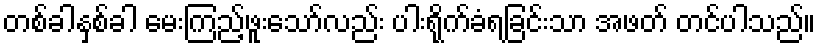
တစ်ခါနှစ်ခါ မေးကြည့်ဖူးသော်လည်း ပါးရိုက်ခံရခြင်းသာ အဖတ် တင်ပါသည်။